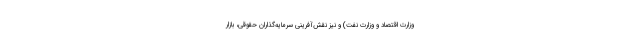
وزارت اقتصاد و وزارت نفت) و نیز نقش‌آفرینی سرمایه‌گذاران حقوقی، بازار